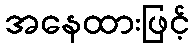
အနေထားဖြင့်